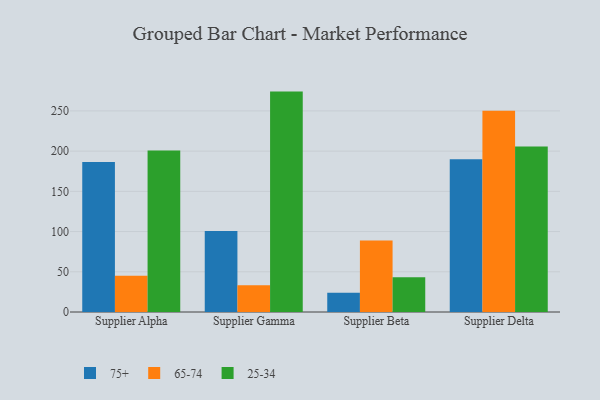
{"axis": {"x": "Supplier", "y": "Net Income (USD K)"}, "legend": ["25-34", "65-74", "75+"], "data": [{"x": "Supplier Alpha", "y": 186.5, "type": "75+"}, {"x": "Supplier Alpha", "y": 45.0, "type": "65-74"}, {"x": "Supplier Alpha", "y": 200.8, "type": "25-34"}, {"x": "Supplier Gamma", "y": 100.8, "type": "75+"}, {"x": "Supplier Gamma", "y": 33.4, "type": "65-74"}, {"x": "Supplier Gamma", "y": 274.0, "type": "25-34"}, {"x": "Supplier Beta", "y": 23.8, "type": "75+"}, {"x": "Supplier Beta", "y": 89.0, "type": "65-74"}, {"x": "Supplier Beta", "y": 43.1, "type": "25-34"}, {"x": "Supplier Delta", "y": 190.0, "type": "75+"}, {"x": "Supplier Delta", "y": 250.3, "type": "65-74"}, {"x": "Supplier Delta", "y": 205.7, "type": "25-34"}]}